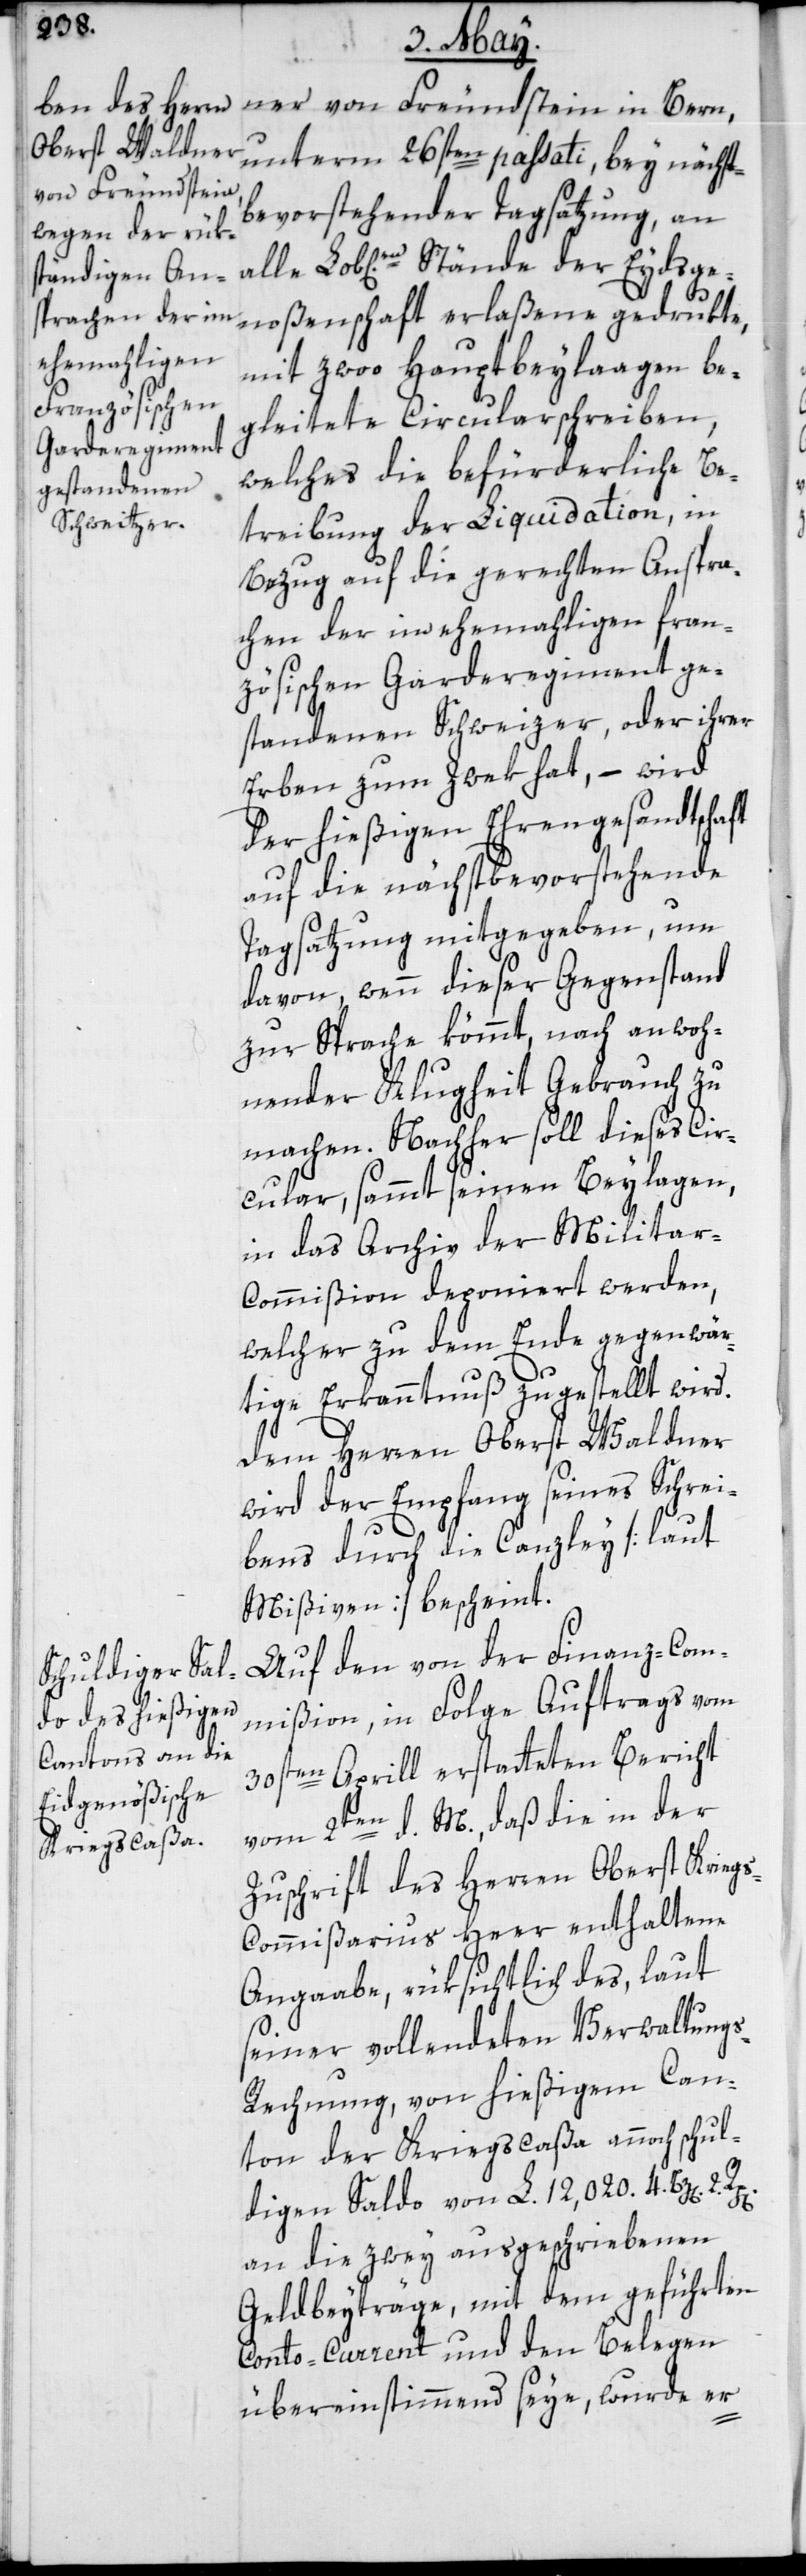
ner von Freundstein in Bern,
unterm 26sten passati, bey nächst
bevorstehender Tagsatzung, an
alle Lob[lich]en Stände der Eydsge¬
noßenschaft erlaßene gedrukte,
mit zwoo Hauptbeylaagen be¬
gleitete Circularschreiben,
welches die befürderliche Be¬
treibung der Liquidation, in
Bezug auf die gerechten Anspra¬
chen der im ehemaligen fran¬
zösischen Garderegiment ge¬
standenen Schweizer, oder ihrer
Erben zum Zwek hat, – wird
der hießigen Ehrengesandtschaft
auf die nächst bevorstehende
Tagsatzung mitgegeben, um
davon, wenn dieser Gegenstand
zur Sprache kömmt, nach anwoh¬
nender Klugheit Gebrauch zu
machen. Nachher soll dieses Cir¬
cular, sammt seinen Beylagen,
in das Archiv der Milita¬
r-Commißion deponiert werden,
welcher zu dem Ende gegenwär¬
tige Erkanntnuß zugestellt wird.
Dem Herren Oberst Waldner
wird der Empfang seines Schrei¬
bens durch die Canzley [laut
Mißiven] bescheint.
Auf den von der Finanz-Com¬
mißion, in Folge Auftrags vom
30sten Aprill erstatteten Bericht
vom 2ten d. M., daß die in der
Zuschrift des Herren Oberst Krieg¬
s-Kommißarius Heer enthaltene
Angaabe, rüksichtlich des, laut
seiner vollendeten Verwaltung¬
s-Rechnung, von hießigem Can¬
ton der Kriegscaßa annoch schul¬
digen Saldo von L. 12,020. 4. Bz[en].
an die zwey ausgeschriebenen
Geldbeyträge, mit dem geführten
Conto-Current und den Belegen
übereinstimmend seye, wurde er-